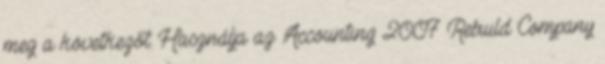
meg a következőt: Használja az Accounting 2007 Rebuild Company